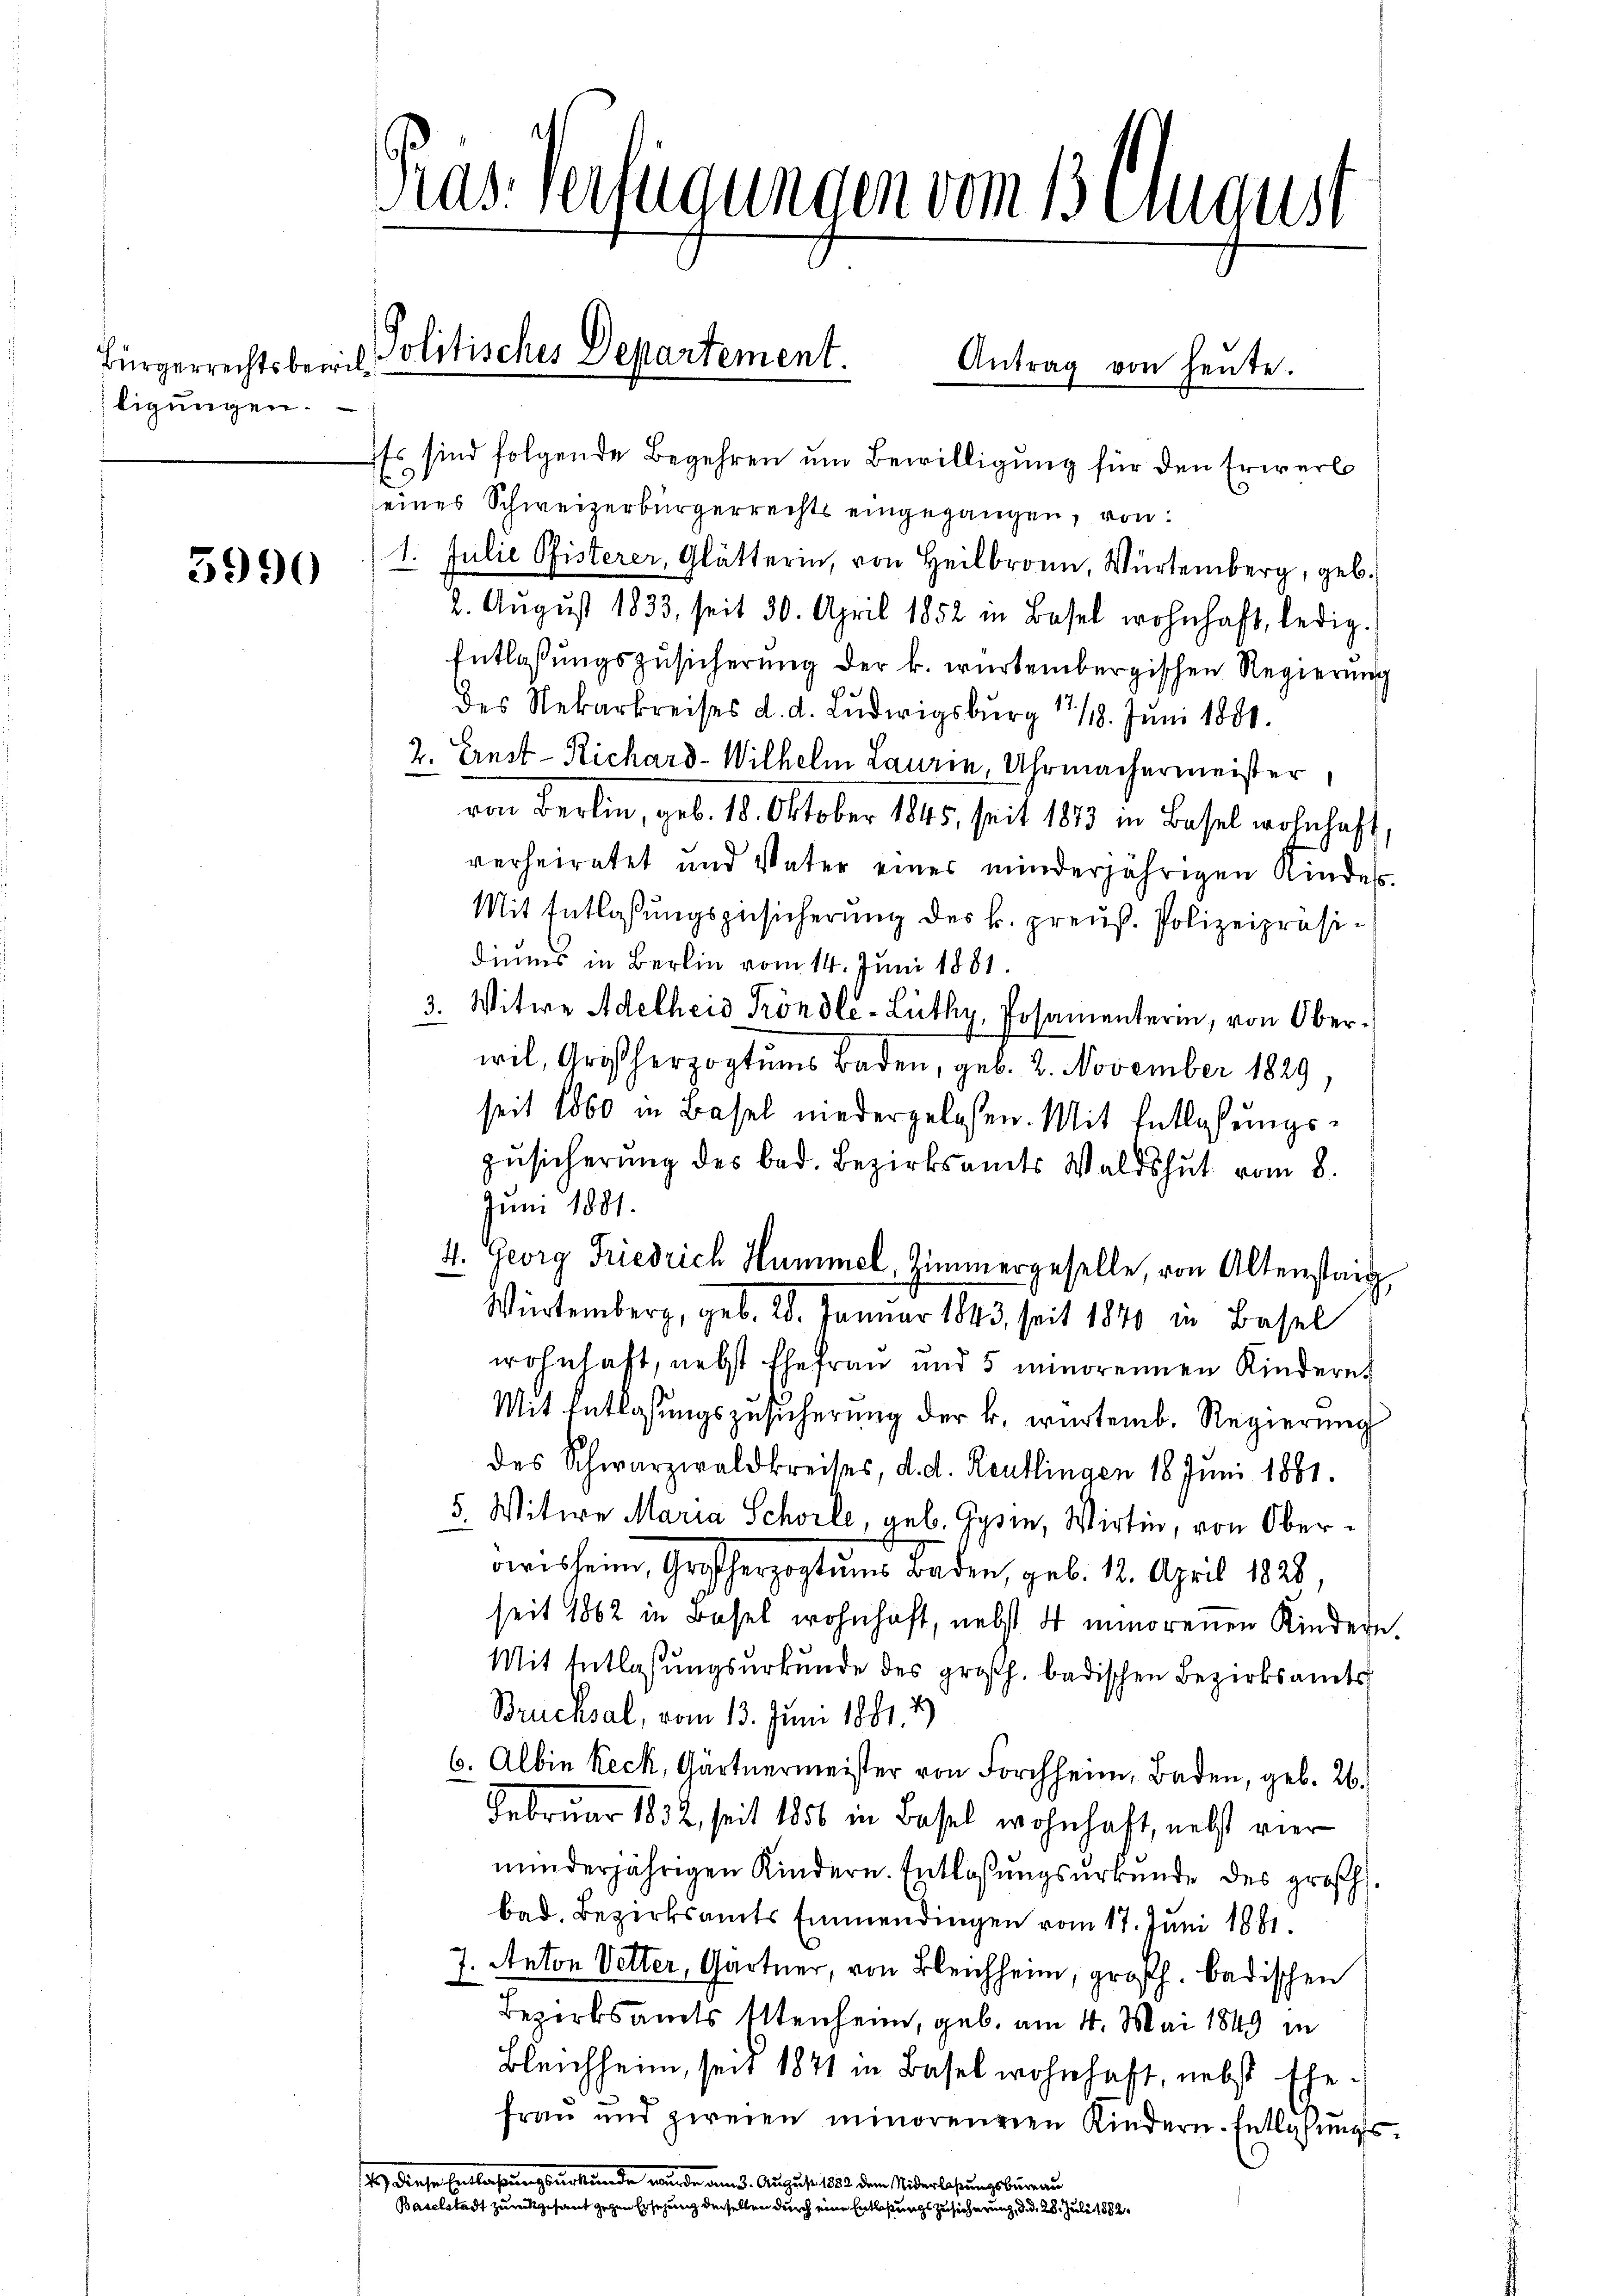
Bürgerrechtsbewilligungen.

3990

Das verfügungen vom 3 August
Politisches Departement.
Antrag von heute.

Es sind folgende Begehren um Bewilligung für den Erwerb
.
eines Schweizerbürgerrechts eingegangen, von:
1. Julie Pfisterer, Glätterin, von Heilbronn, Würtemberg, geb.
2. August 1833, seit 30. April 1852 in Basel wohnhaft, ledig
Entlaßungszusicherung der k. würtembergischen Regierung
des Rekarkreises d. d. Ludwigsburg 17/18. Juni 1881.
2. Ernst-Richard-Wilhelm Lauren Uhrmachermeister,
von Berlin, geb. 18. Oktober 1845, seit 1873 in Basel wohnhaft
verheiratet und Vater eines minderjährigen Kinder-
Mit Entlaßungszusicherung des k. preuß. Polizeipräsidiums in Berlin vom 14. Juni 1881.
3. Witwe Adelheid Tröndle-Lüthy, Posamenterin, von Oberwil, Großherzogtums Baden, geb. 2. November 1829,
seit 1860 in Basel niedergelassen. Mit Entlaßungs¬
Zusicherung des bad. Bezirksamts Waldshut vom 8.
Juni 1881.
4. Georg Friedrich Hummel, Zimmergeselle, von Altenstag,
Würtemberg, geb. 28. Januar 1843, seit 1840 in Basel
wohnhaft, nebst Ehefrau und 5 minorennen Kindere
Mit Entlassungszusicherung der k. würtemb. Regierung
des Schwarzwaldkreises, d. d. Reutlingen 18. Jŭni 1881.
5. Witwe Maria Schwile geb. Gysi, Wirtin, von Oberowissein, Großherzogtums Baden, geb. 12. April 1828,
seit 1862 in Basel wohnhaft, nebst 4 minorenen Kindern
Mit Entlassungsurkunde des großh. badischen Bezirksamts
Brucksal, vom 13. Juni 1881. 2.)
6. Albin Reck, Gartnermeister von Forchheim Baden, geb. 26.
Februar 1832, seit 1856 in Basel wohnhaft, nebst vier
minderjährigen Kindern. Entlassŭngsŭrkŭnde des großh.
bad. Bezirksamts Emmendingen vom 17. Juni 1881.
7. Anton Vetter, Gärtner, von Bleichheim, großh. badischen
Bezirksamts Stenheim, geb. am 4. Mai 1849 in
Bleichheim, seit 1841 in Basel wohnhaft, nebst Ehe-
frau und zweien minoreneren Kindern. Entlaßungss) diese Entlaßungsurkunde wurde am 3. August 1882 dem Niderlassungsbureau
Baselstadt zurückgesant gegen Ersezung derselben durch eine Entlaßungs Zusicherung, d. d. 28. Juli 1882